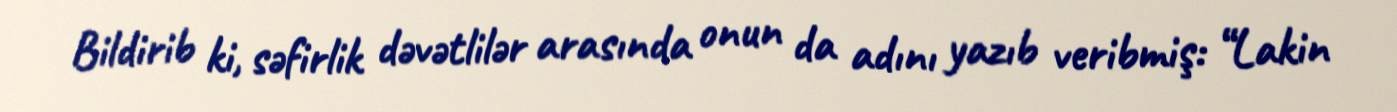
Bildirib ki, səfirlik dəvətlilər arasında onun da adını yazıb veribmiş: “Lakin